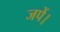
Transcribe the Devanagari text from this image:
जपें।